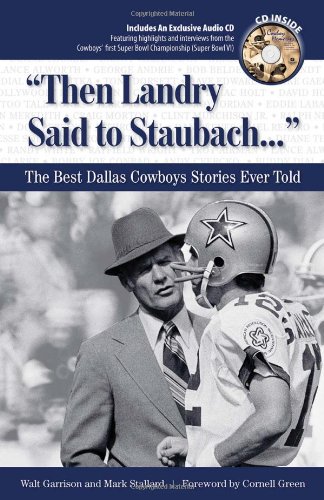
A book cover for "Then Landry Said to Staubach. . .": The Best Dallas Cowboys Stories Ever Told (Best Sports Stories Ever Told); Walt Garrison; Travel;